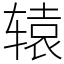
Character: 辕